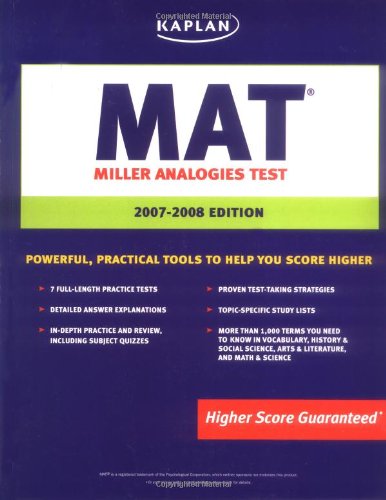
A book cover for Kaplan MAT, 2007-2008 Edition: Miller Analogies Test; Kaplan; Test Preparation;